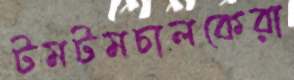
টমটমচালকেরা